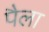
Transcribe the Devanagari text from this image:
पैला